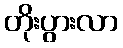
တိုးပွားလာ